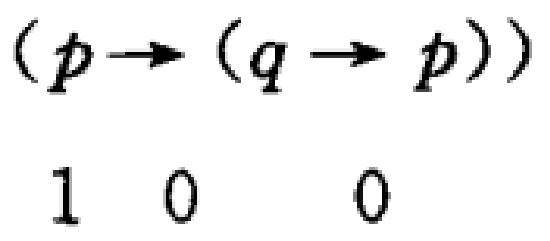
\((p\rightarrow(q\rightarrow p))\)
1 0 0